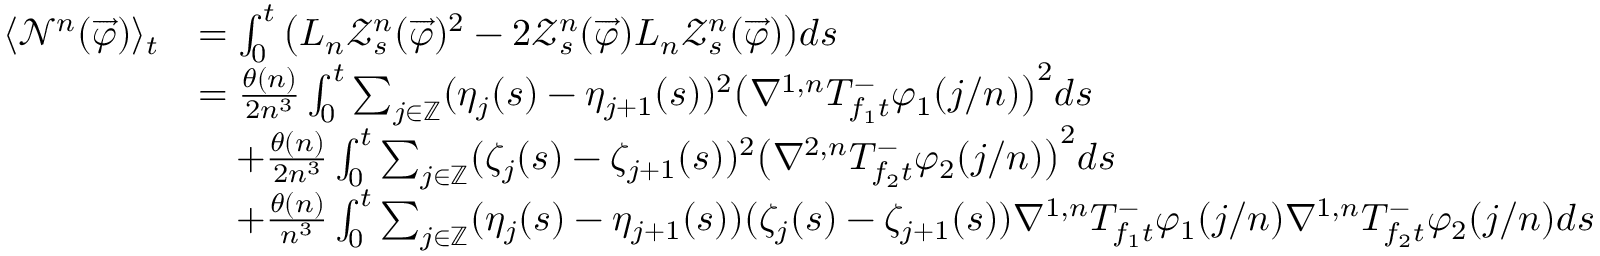
\begin{array} { r l } { \langle \mathcal { N } ^ { n } ( \overrightarrow { \varphi } ) \rangle _ { t } } & { = \int _ { 0 } ^ { t } \big ( L _ { n } \mathcal { Z } _ { s } ^ { n } ( \overrightarrow { \varphi } ) ^ { 2 } - 2 \mathcal { Z } _ { s } ^ { n } ( \overrightarrow { \varphi } ) L _ { n } \mathcal { Z } _ { s } ^ { n } ( \overrightarrow { \varphi } ) \big ) d s } \\ & { = \frac { \theta ( n ) } { 2 n ^ { 3 } } \int _ { 0 } ^ { t } \sum _ { j \in \mathbb { Z } } ( \eta _ { j } ( s ) - \eta _ { j + 1 } ( s ) ) ^ { 2 } \big ( \nabla ^ { 1 , n } T _ { f _ { 1 } t } ^ { - } \varphi _ { 1 } ( j / n ) \big ) ^ { 2 } d s } \\ & { \quad + \frac { \theta ( n ) } { 2 n ^ { 3 } } \int _ { 0 } ^ { t } \sum _ { j \in \mathbb { Z } } ( \zeta _ { j } ( s ) - \zeta _ { j + 1 } ( s ) ) ^ { 2 } \big ( \nabla ^ { 2 , n } T _ { f _ { 2 } t } ^ { - } \varphi _ { 2 } ( j / n ) \big ) ^ { 2 } d s } \\ & { \quad + \frac { \theta ( n ) } { n ^ { 3 } } \int _ { 0 } ^ { t } \sum _ { j \in \mathbb { Z } } ( \eta _ { j } ( s ) - \eta _ { j + 1 } ( s ) ) ( \zeta _ { j } ( s ) - \zeta _ { j + 1 } ( s ) ) \nabla ^ { 1 , n } T _ { f _ { 1 } t } ^ { - } \varphi _ { 1 } ( j / n ) \nabla ^ { 1 , n } T _ { f _ { 2 } t } ^ { - } \varphi _ { 2 } ( j / n ) d s } \end{array}